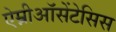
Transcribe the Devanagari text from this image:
ऐम्नीऑसेंटेसिस